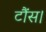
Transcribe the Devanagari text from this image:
टौंस।